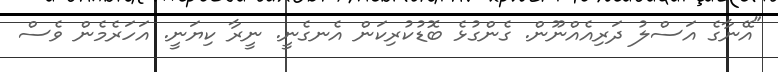
"އޭނާގެ އަސްލު ދަރިއެއްނޫން. ގެންގުޅެ ބޮޑުކުރިކަން އެނގެނީ. ނީރާ ކިޔަނީ. އަހަރެމެން ވެސް